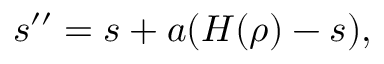
s ^ { \prime \prime } = s + a ( H ( \rho ) - s ) ,